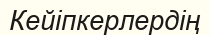
Кейіпкерлердің